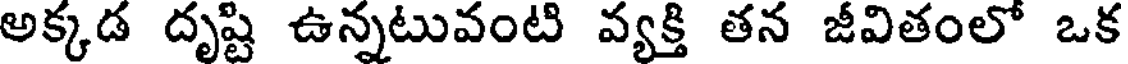
అక్కడ దృష్టి ఉన్నటువంటి వ్యక్తి తన జీవితంలో ఒక